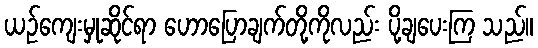
ယဉ်ကျေးမှုဆိုင်ရာ ဟောပြောချက်တို့ကိုလည်း ပို့ချပေးကြ သည်။